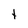
Character: t